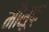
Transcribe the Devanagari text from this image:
मौसूफ़